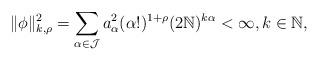
LaTeX: \begin{align*} \|\phi\|^2_{k,\rho}=\sum_{\alpha\in \mathcal{J}}a^2_{\alpha}(\alpha!)^{1+\rho}(2\mathbb{N})^{k\alpha}<\infty, k\in\mathbb{N}, \end{align*}